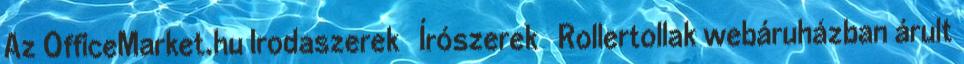
Az OfficeMarket.hu Irodaszerek Írószerek Rollertollak webáruházban árult